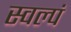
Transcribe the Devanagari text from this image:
स्वल्पं